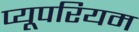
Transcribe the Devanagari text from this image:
प्यूपरियम